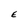
Character: E